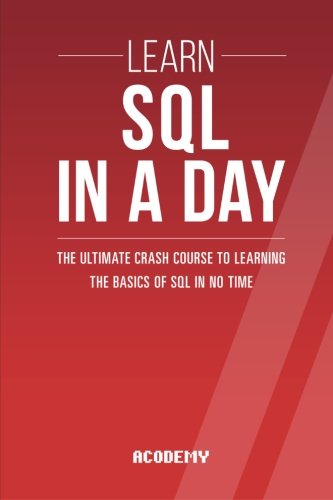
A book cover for Sql: Learn SQL In A DAY! - The Ultimate Crash Course to Learning the Basics of SQL In No Time (SQL, SQL Course, SQL Development, SQL Books); Acodemy; Computers & Technology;